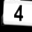
Digit: 4